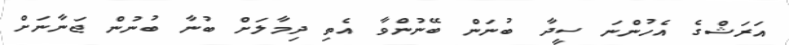
އަރަޝްގެ އެހުންނަ ސީދާ ބުނަން ބޭނުންވާ އެތި ދިމާލަށް ބުނާ ބުނުން ޖަނާނަށް